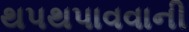
થપથપાવવાની